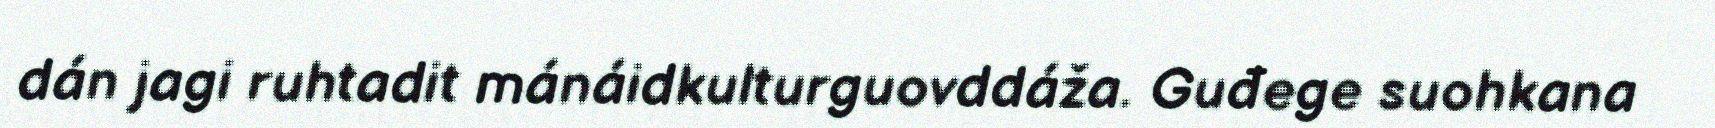
dán jagi ruhtadit mánáidkulturguovddáža. Guđege suohkana